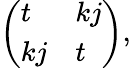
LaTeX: \begin{array}{r}{\left(\begin{array}{ll}{t}&{kj}\\ {kj}&{t}\end{array}\right)}\end{array},